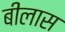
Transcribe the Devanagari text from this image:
बीलास